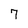
Character: 7